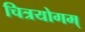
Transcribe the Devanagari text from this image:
चित्रयोगम्